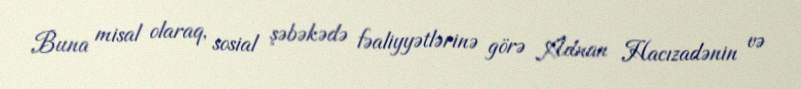
Buna misal olaraq, sosial şəbəkədə fəaliyyətlərinə görə Adnan Hacızadənin və